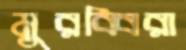
মুরব্বিরা